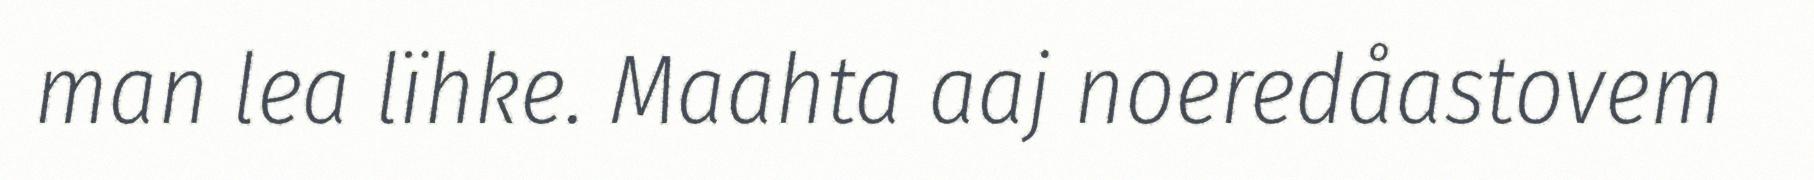
man lea lïhke. Maahta aaj noeredåastovem